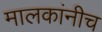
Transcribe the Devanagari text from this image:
मालकांनीच